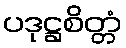
ပဒုဋ္ဌစိတ္တံ